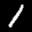
Digit: 1